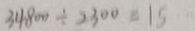
3 4 8 0 0 \div 2 3 0 0 = 1 5